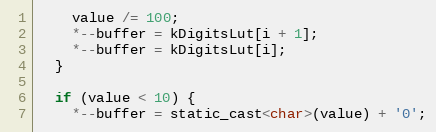
Language: C
    value /= 100;
    *--buffer = kDigitsLut[i + 1];
    *--buffer = kDigitsLut[i];
  }

  if (value < 10) {
    *--buffer = static_cast<char>(value) + '0';